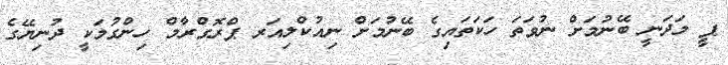
ޕީ މަދަނީ ބޭނުމަށް ނުވަތަ ހަކަތައިގެ ބޭނުމަށް ނިއުކްލިއަރ ޕްރޮގްރާމް ހިންގުމަކީ ދުނިޔޭގެ